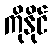
ကိုနိုင်